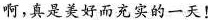
啊，真是美好而充实的一天！